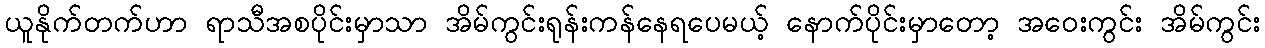
ယူနိုက်တက်ဟာ ရာသီအစပိုင်းမှာသာ အိမ်ကွင်းရုန်းကန်နေရပေမယ့် နောက်ပိုင်းမှာတော့ အဝေးကွင်း အိမ်ကွင်း